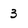
Character: 3